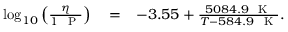
\begin{array} { r l r } { \log _ { 1 0 } { \left( \frac { \eta } { 1 ~ \mathrm { ~ P ~ } } \right) } } & { { } = } & { - 3 . 5 5 + \frac { 5 0 8 4 . 9 ~ \mathrm { ~ K ~ } } { T - 5 8 4 . 9 ~ \mathrm { ~ K ~ } } . } \end{array}